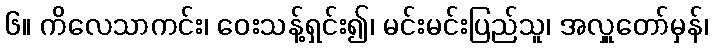
၆။ ကိလေသာကင်း၊ ဝေးသန့်ရှင်း၍၊ မင်းမင်းပြည်သူ၊ အလှူတော်မှန်၊